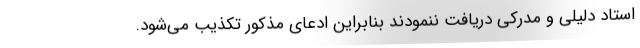
استاد دلیلی و مدرکی دریافت ننمودند بنابراین ادعای مذکور تکذیب می‌شود.